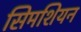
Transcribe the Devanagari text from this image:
सिमशियन